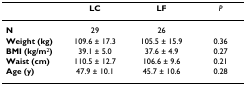
<table><thead><tr><td></td><td><b>LC</b></td><td><b>LF</b></td><td><b><i>P</i></b></td></tr></thead><tbody><tr><td><b>N</b></td><td>29</td><td>26</td><td></td></tr><tr><td><b>Weight (kg)</b></td><td>109.6 ± 17.3</td><td>105.5 ± 15.9</td><td>0.36</td></tr><tr><td><b>BMI (kg/m</b><sup>2</sup><b>)</b></td><td>39.1 ± 5.0</td><td>37.6 ± 4.9</td><td>0.27</td></tr><tr><td><b>Waist (cm)</b></td><td>110.5 ± 12.7</td><td>106.6 ± 9.6</td><td>0.21</td></tr><tr><td><b>Age (y)</b></td><td>47.9 ± 10.1</td><td>45.7 ± 10.6</td><td>0.28</td></tr></tbody></table>